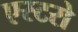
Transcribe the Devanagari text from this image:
एस्टरो